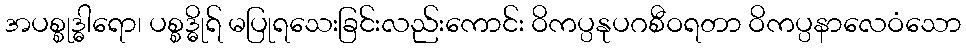
အပစ္စုဒ္ဓါရော၊ ပစ္စဒ္ဓိုရ် မပြုရသေးခြင်းလည်းကောင်း ဝိကပ္ပနုပဂစီဝရတာ ဝိကပ္ပနာလေဝံသော